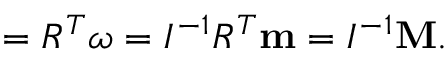
\begin{array} { r } { { \bf \Omega } = R ^ { T } { \boldsymbol \omega } = I ^ { - 1 } R ^ { T } { \bf m } = I ^ { - 1 } { \bf M } . } \end{array}